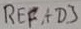
Text: REFADJ